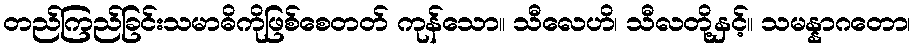
တည်ကြည်ခြင်းသမာဓိကိုဖြစ်စေတတ် ကုန်သော။ သီလေဟိ၊ သီလတို့နှင့်။ သမန္နာဂတော၊